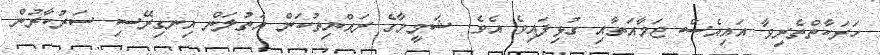
ހަރަކާތްތެރިވާ އައިއެސް ޖަމާއަތާއި ގުޅިފައިވެ އެވެ. ޝަމީމާގެ ރައްޔިތުކަން އަތުލަން އިނގިރޭސި ސަރުކާރުން